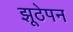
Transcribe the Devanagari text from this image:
झूठेपन